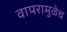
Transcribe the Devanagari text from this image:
वापरामुळेच